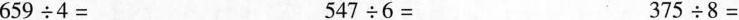
$$659÷4=$$ $$547÷6=$$ $$375÷8=$$